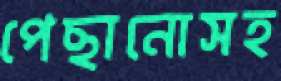
পেছানোসহ